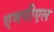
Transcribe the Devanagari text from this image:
एमपीएल